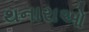
થનારાઓ